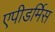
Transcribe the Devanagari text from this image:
एपीडर्मिस